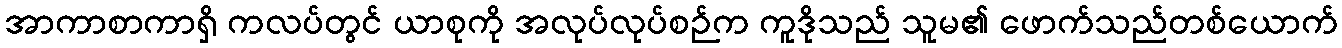
အာကာစာကာရှိ ကလပ်တွင် ယာစုကို အလုပ်လုပ်စဉ်က ကူဒိုသည် သူမ၏ ဖောက်သည်တစ်ယောက်